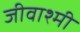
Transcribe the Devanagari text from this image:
जीवाश्मी